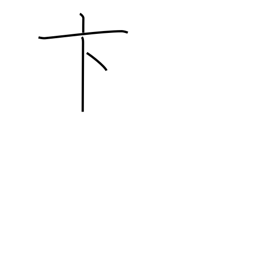
Meaning: hasty